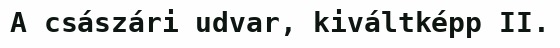
A császári udvar, kiváltképp II.